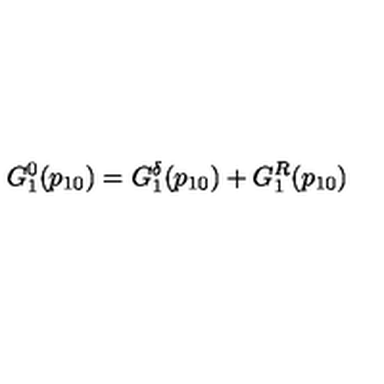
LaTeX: G _ { 1 } ^ { 0 } ( p _ { 1 0 } ) = G _ { 1 } ^ { \delta } ( p _ { 1 0 } ) + G _ { 1 } ^ { R } ( p _ { 1 0 } )